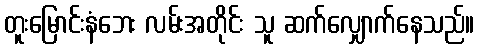
တူးမြောင်းနံဘေး လမ်းအတိုင်း သူ ဆက်လျှောက်နေသည်။